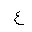
Letter: _ayn